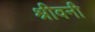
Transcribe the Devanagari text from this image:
श्रीवनी